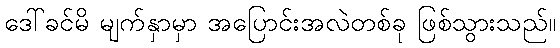
ဒေါ်ခင်မိ မျက်နှာမှာ အပြောင်းအလဲတစ်ခု ဖြစ်သွားသည်။